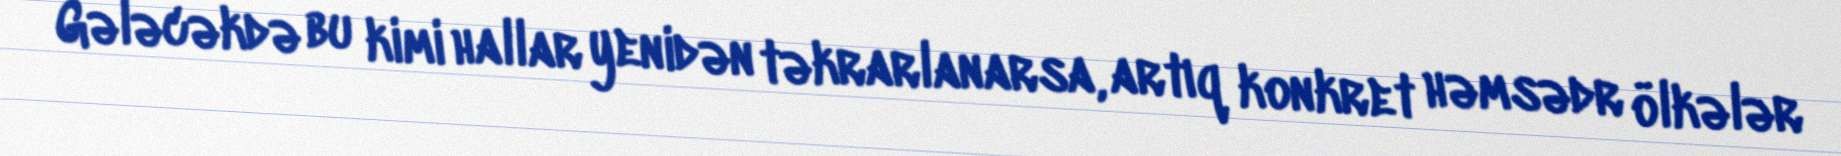
Gələcəkdə bu kimi hallar yenidən təkrarlanarsa, artıq konkret həmsədr ölkələr